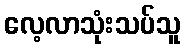
လေ့လာသုံးသပ်သူ